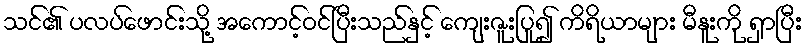
သင်၏ ပလပ်ဖောင်းသို့ အကောင့်ဝင်ပြီးသည်နှင့် ကျေးဇူးပြု၍ ကိရိယာများ မီနူးကို ရှာပြီး